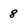
Character: 8